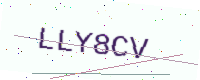
Text: LLY8CV